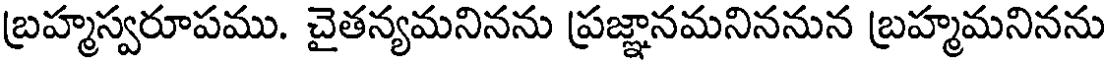
బ్రహ్మస్వరూపము. చైతన్యమనినను ప్రజ్ఞానమనిననున బ్రహ్మమనినను